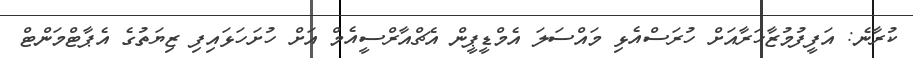
ކުރާނެ: އަފީފުމުޒާހަރާއަށް ހުރަސްއެޅި މައްސަލަ އެމްޑީޕީން އެޗްއާރްސީއެމް އަށް ހުށަހަޅައިފި ޒިޔަތުގެ އެޕާޓްމަންޓް